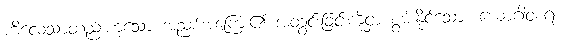
ကိလေသာတည်းဟူသော အညစ်အကြေး၏ အတွင်းခြင်းကိုငှာ စွမ်းနိုင်သော။ ယောဂါဝစရံ၊